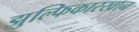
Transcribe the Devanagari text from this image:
झुल्फिकारखान